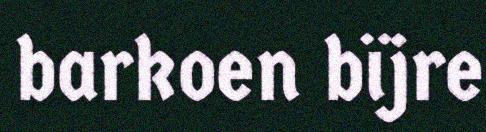
barkoen bïjre